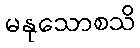
မနုသောစသိ